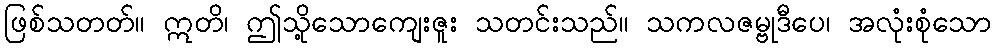
ဖြစ်သတတ်။ ဣတိ၊ ဤသို့သောကျေးဇူး သတင်းသည်။ သကလဇမ္ဗုဒီပေ၊ အလုံးစုံသော